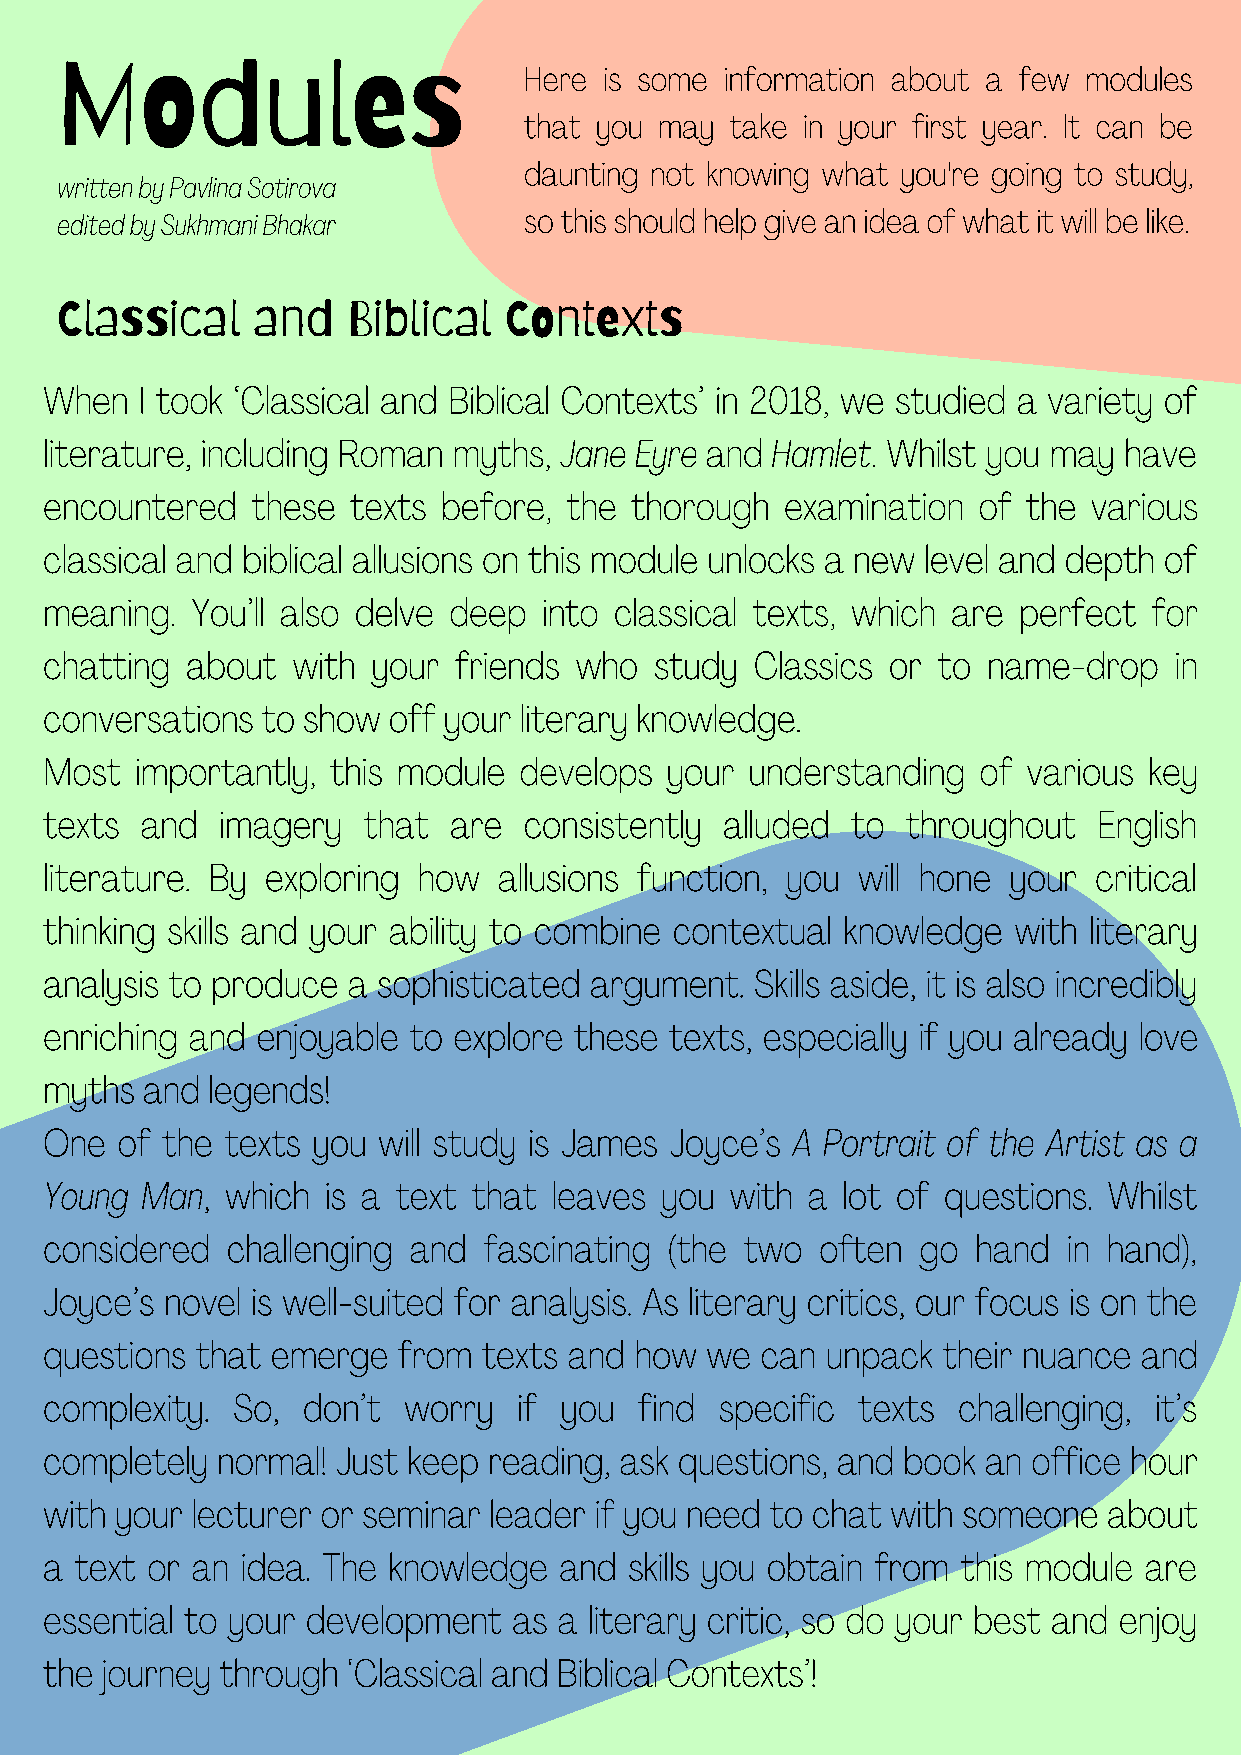
Modules                        Here is some information about a few modules
 that you may take in your first year. It can be
 daunting not knowing what you're going to study,
 written by Pavlina Sotirova
 so this should help give an idea of what it will be like.
 edited by Sukhmani Bhakar
 Classical    and   Biblical  Contexts
 When  I took ‘Classical and Biblical Contexts’ in 2018, we studied a variety of
 literature, including Roman myths, Jane Eyre and Hamlet. Whilst you may have
 encountered   these texts before, the  thorough  examination  of the various
 classical and biblical allusions on this module unlocks a new level and depth of
 meaning.  You’ll also delve deep into classical texts, which are perfect for
 chatting about  with  your friends who  study  Classics or to name-drop    in
 conversations to show  off your literary knowledge.
 Most  importantly, this module develops  your  understanding  of various key
 texts and   imagery  that  are  consistently alluded to  throughout   English
 literature. By exploring how  allusions function, you will hone your critical
 thinking skills and your ability to combine contextual knowledge with literary
 analysis to produce a sophisticated argument.  Skills aside, it is also incredibly
 enriching and enjoyable to explore these texts, especially if you already love
 myths and  legends!
 One  of the texts you will study is James Joyce’s A Portrait of the Artist as a
 Young Man,  which  is a text that leaves you with a  lot of questions. Whilst
 considered  challenging and  fascinating (the two  often  go  hand  in hand),
 Joyce’s novel is well-suited for analysis. As literary critics, our focus is on the
 questions that emerge  from  texts and how  we can  unpack their nuance  and
 complexity. So,  don’t  worry  if you  find  specific texts challenging, it’s
 completely normal! Just keep reading, ask questions, and book an office hour
 with your lecturer or seminar leader if you need to chat with someone about
 a text or an idea. The knowledge  and  skills you obtain from this module are
 essential to your development  as a literary critic, so do your best and enjoy
 the journey through ‘Classical and Biblical Contexts’!